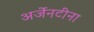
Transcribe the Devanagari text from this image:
अर्जेनटीना